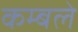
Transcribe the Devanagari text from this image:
कम्बले